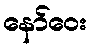
နော်ဝေး